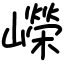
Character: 嶸